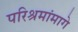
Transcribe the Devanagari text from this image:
परिश्रमांमागे